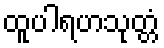
ထူပါရဟသုတ္တံ